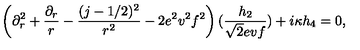
\left( \partial _ { r } ^ { 2 } + { \frac { \partial _ { r } } { r } } - { \frac { ( j - 1 / 2 ) ^ { 2 } } { r ^ { 2 } } } - 2 e ^ { 2 } v ^ { 2 } f ^ { 2 } \right) ( { \frac { h _ { 2 } } { \sqrt { 2 } e v f } } ) + i \kappa h _ { 4 } = 0 ,